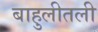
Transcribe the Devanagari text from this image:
बाहुलीतली